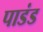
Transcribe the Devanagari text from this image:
पाडंड